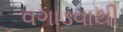
વગાડવાથી